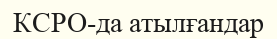
КСРО-да атылғандар